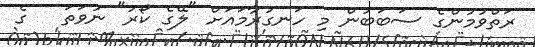
ރަތްވުމުންގެ ސަބަބުން މި ހަނގުރާމައަށް "ލޭގެ ކޯރު" ނުވަތަ   ގެ